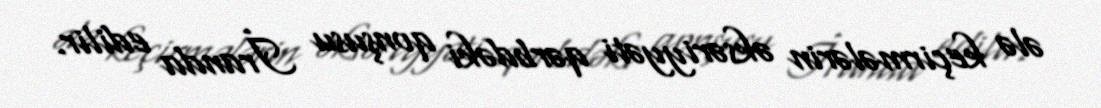
ələ keçirmələrin əksəriyyəti qərbdəki qonşusu İranda edilir.